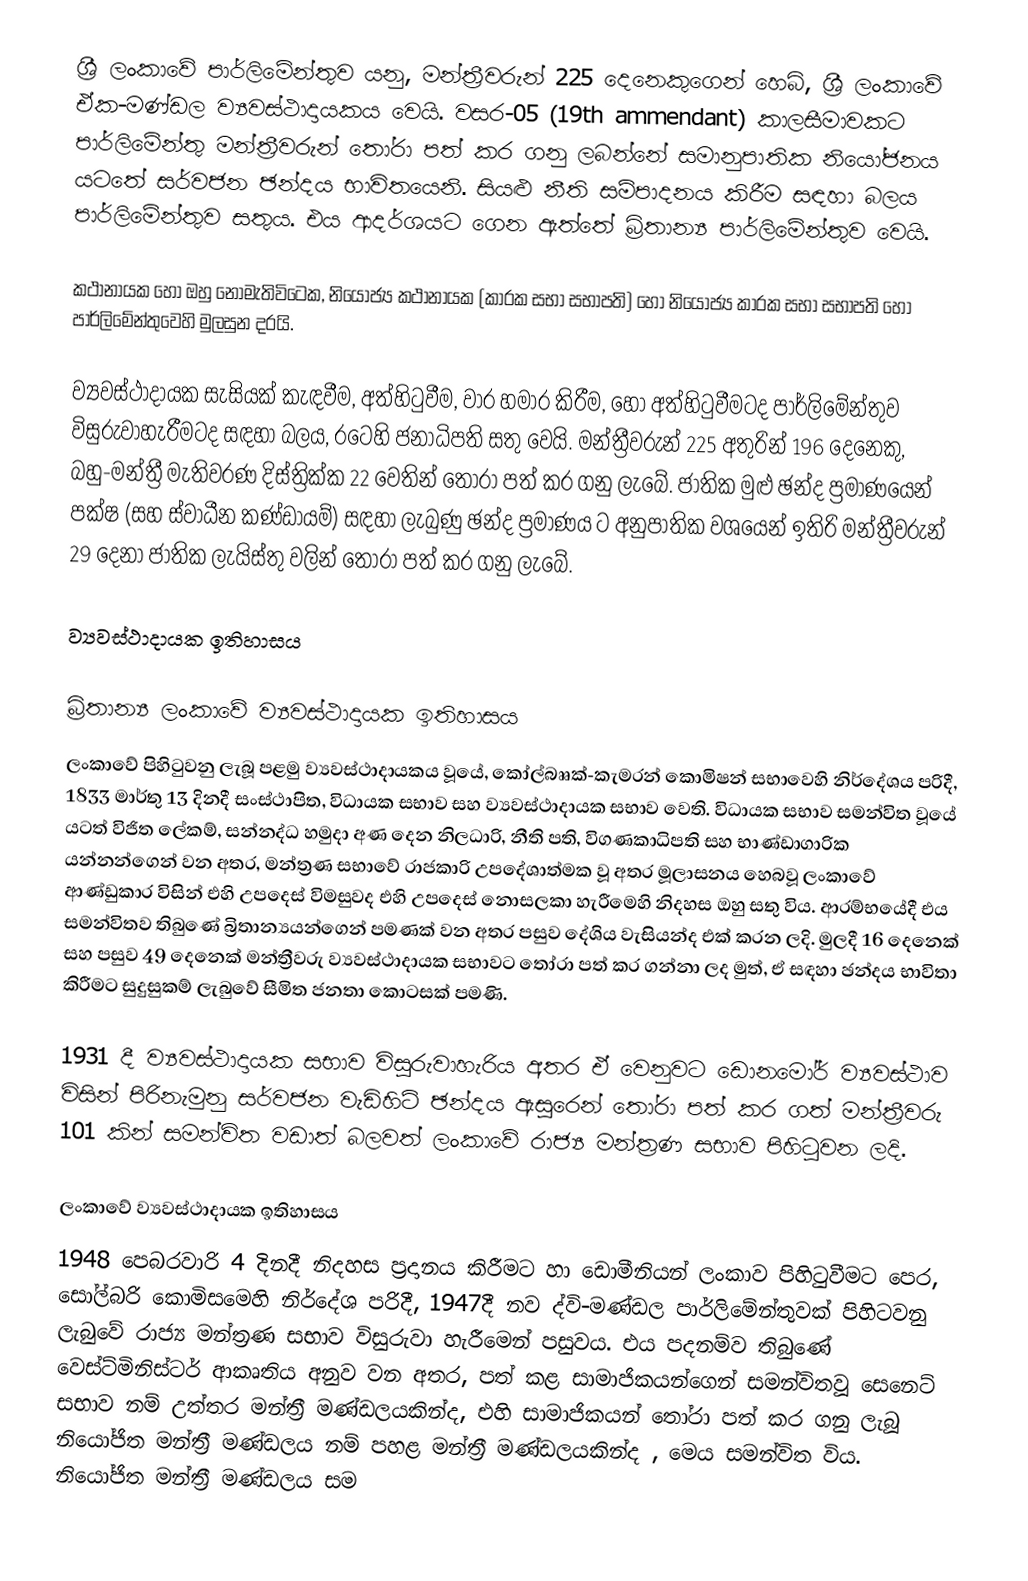
ශ්‍රී ලංකාවේ පාර්ලිමේන්තුව යනු,  මන්ත්‍රීවරුන්  225 දෙනෙකුගෙන් හෙබි,  ශ්‍රී ලංකාවේ ඒක-මණ්ඩල ව්‍යවස්ථාදායකය වෙයි. වසර-05 (19th ammendant) කාලසීමාවකට පාර්ලිමේන්තු මන්ත්‍රීවරුන් තෝරා පත් කර ගනු ලබන්නේ සමානුපාතික නියෝජනය යටතේ  සර්වජන ඡන්දය භාවිතයෙනි. සියළු නීති සම්පාදනය කිරීම සඳහා බලය පාර්ලිමේන්තුව සතුය. එය ආදර්ශයට ගෙන ඇත්තේ බ්‍රිතාන්‍ය පාර්ලිමේන්තුව වෙයි.

කථානායක හෝ ඔහු නොමැතිවිටෙක, නියෝජ්‍ය කථානායක (කාරක සභා සභාපති) හෝ නියෝජ්‍ය කාරක සභා සභාපති හෝ පාර්ලිමේන්තුවෙහි මුලසුන දරයි.

ව්‍යවස්ථාදායක සැසියක් කැඳවීම, අත්හිටුවීම, වාර හමාර කිරීම, හෝ අත්හිටුවීමටද  පාර්ලිමේන්තුව විසුරුවාහැරීමටද සඳහා බලය, රටෙහි ජනාධිපති සතු වෙයි. මන්ත්‍රීවරුන් 225 අතුරින්  196 දෙනෙකු,   බහු-මන්ත්‍රී මැතිවරණ දිස්ත්‍රික්ක  22 වෙතින් තෝරා පත් කර ගනු ලැබේ. ජාතික මුළු ඡන්ද ප්‍රමාණයෙන් පක්ෂ (සහ ස්වාධීන කණ්ඩායම්)  සඳහා ලැබුණු ඡන්ද ප්‍රමාණය ට අනුපාතික වශයෙන් ඉතිරි මන්ත්‍රීවරුන් 29 දෙනා ජාතික ලැයිස්තු වලින් තෝරා පත් කර ගනු ලැබේ.

ව්‍යවස්ථාදායක ඉතිහාසය

බ්‍රිතාන්‍ය ලංකාවේ ව්‍යවස්ථාදායක ඉතිහාසය
ලංකාවේ පිහිටුවනු ලැබූ පළමු ව්‍යවස්ථාදායකය වූයේ, කෝල්බෲක්-කැමරන් කොමිෂන් සභාවෙහි නිර්දේශය පරිදී,   1833 මාර්තු 13 දිනදී සංස්ථාපිත, විධායක සභාව සහ  ව්‍යවස්ථාදායක සභාව වෙති. විධායක සභාව සමන්විත වූයේ යටත් විජිත ලේකම්, සන්නද්ධ හමුදා අණ දෙන නිලධාරි, නීති පති, විගණකාධිපති සහ  භාණ්ඩාගාරික යන්නන්ගෙන් වන අතර, මන්ත්‍රණ සභාවේ රාජකාරි උපදේශාත්මක වූ අතර  මූලාසනය හෙබවූ  ලංකාවේ ආණ්ඩුකාර විසින් එහි උපදෙස් විමසුවද එහි උපදෙස් නොසලකා හැරීමෙහි නිදහස ඔහු සතු විය. ආරම්භයේදී එය සමන්විතව තිබුණේ බ්‍රිතාන්‍යයන්ගෙන් පමණක් වන අතර පසුව දේශිය වැසියන්ද එක් කරන ලදි. මුලදී 16 දෙනෙක් සහ පසුව 49 දෙනෙක් මන්ත්‍රීවරු  ව්‍යවස්ථාදායක සභාවට තෝරා පත් කර ගන්නා ලද මුත්, ඒ සඳහා ඡන්දය භාවිතා කිරීමට සුදුසුකම් ලැබුවේ සීමිත ජනතා කොටසක් පමණි.

1931 දී ව්‍යවස්ථාදායක සභාව විසුරුවාහැරිය අතර ඒ වෙනුවට ඩොනමෝර් ව්‍යවස්ථාව විසින් පිරිනැමුනු සර්වජන වැඩිහිටි ඡන්දය  ඇසුරෙන් තෝරා පත් කර ගත් මන්ත්‍රීවරු 101 කින් සමන්විත වඩාත් බලවත් ලංකාවේ රාජ්‍ය මන්ත්‍රණ සභාව පිහිටුවන  ලදි.

ලංකාවේ ව්‍යවස්ථාදායක ඉතිහාසය
1948 පෙබරවාරි 4 දිනදී නිදහස ප්‍රදානය කිරීමට හා ඩොමීනියන් ලංකාව පිහිටුවීමට පෙර, සෝල්බරි කොමිසමෙහි නිර්දේශ පරිදී, 1947දී නව ද්වි-මණ්ඩල පාර්ලිමේන්තුවක් පිහිටවනු ලැබුවේ රාජ්‍ය මන්ත්‍රණ සභාව විසුරුවා හැරීමෙන් පසුවය.  එය පදනම්ව තිබුණේ වෙස්ට්මිනිස්ටර් ආකෘතිය අනුව වන අතර,  පත් කළ සාමාජිකයන්ගෙන් සමන්විතවූ  සෙනෙට් සභාව නම් උත්තර මන්ත්‍රී මණ්ඩලයකින්ද, එහි සාමාජිකයන් තෝරා පත් කර ගනු ලැබූ  නියෝජිත මන්ත්‍රී මණ්ඩලය නම් පහළ මන්ත්‍රී මණ්ඩලයකින්ද , මෙය සමන්විත විය. නියෝජිත මන්ත්‍රී මණ්ඩලය සම